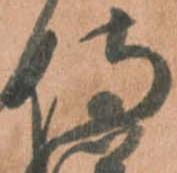
侍